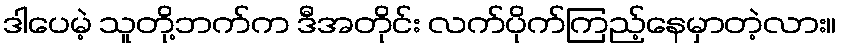
ဒါပေမဲ့ သူတို့ဘက်က ဒီအတိုင်း လက်ပိုက်ကြည့်နေမှာတဲ့လား။